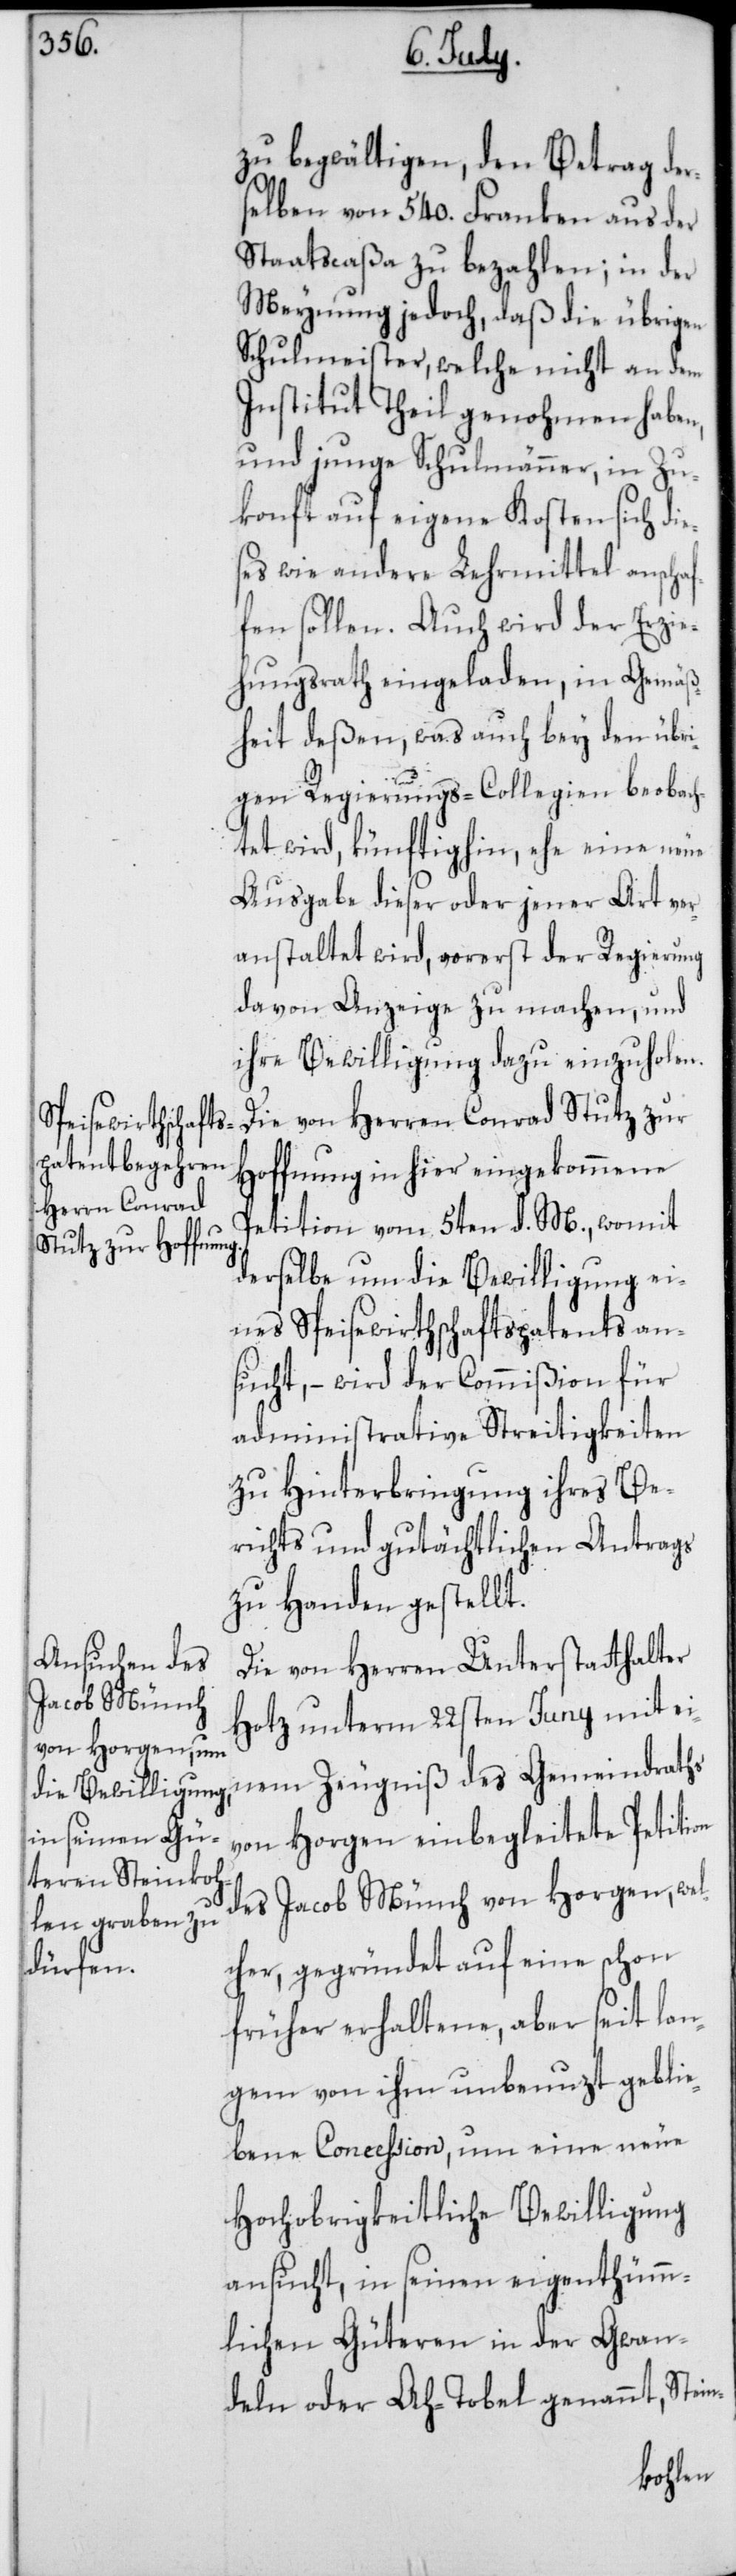
zu begwältigen, den Betrag der¬
selben von 540. Franken aus der
Staatscaßa zu bezahlen; in der
Meynung jedoch, daß die übrigen
Schulmeister, welche nicht an dem
Institut Theil genohmen haben,
und junge Schulmänner, in Zu¬
konft auf eigene Kosten sich dies¬
es wie andere Lehrmittel anscha¬
ffen sollen. Auch wird der Erzie¬
hungsrath eingeladen, in Gemäß¬
heit deßen, was auch bey den übri¬
gen Regierungs-Collegien beobach¬
tet wird, künftighin, ehe eine neue
Ausgabe dieser oder jener Art ver¬
anstaltet wird, vorerst der Regierung
davon Anzeige zu machen, und
ihre Bewilligung dazu einzuholen.
Die von Herren Conrad Stutz zur
Hoffnung in hier eingekommene
Petition vom 5ten d. M., womit
derselbe um die Bewilligung ei¬
nes Speisewirthschaftspatents an¬
sucht, – wird der Commißion für
administrative Streitigkeiten
zu Hinterbringung ihres Be¬
richts und gutächtlichen Antrags
zu Handen gestellt.
Die von Herren Unterstatthalter
Hotz unterm 22sten Juny mit ei¬
nem Zeugniß des Gemeindraths
von Horgen einbegleitete Petition
des Jacob Münch von Horgen, wel¬
cher, gegründet auf eine schon
früher erhaltene, aber seit lan¬
gem von ihm unbenuzt gebli¬
ebene Conceßion, um eine neue
Hochobrigkeitliche Bewilligung
ansucht, in seinen eigenthüm¬
lichen Güteren in der Gwan¬
deln oder Ah-Tobel genannt, Stein-